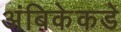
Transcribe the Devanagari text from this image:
अंबिकेकडे